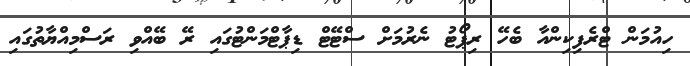
ހިއުމަން ޓްރެފިކިންއާ ބެހޭ ރިޕޯޓު ނެރުމަށް ސްޓޭޓް ޑިޕާޓްމަންޓުގައި ރޭ ބޭއްވި ރަސްމިއްޔާތުގައި